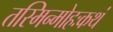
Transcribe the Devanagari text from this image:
तस्मिन्मोहःकथं